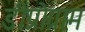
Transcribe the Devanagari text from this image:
डीप्रोग्राम